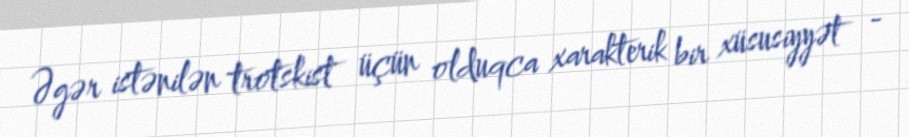
Əgər istənilən trotskist üçün olduqca xarakterik bir xüsusiyyət -